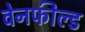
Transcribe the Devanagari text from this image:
वेनफील्ड